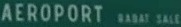
AEROPORT®SALE